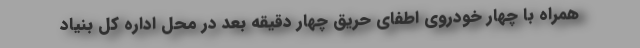
همراه با چهار خودروی اطفای حریق چهار دقیقه بعد در محل اداره کل بنیاد